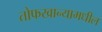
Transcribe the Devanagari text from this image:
तोफखान्यामधील